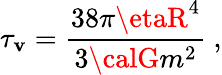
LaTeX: \tau_{\mathbf{v}}=\frac{{38\pi\etaR^{4}}}{{3{\calG}m^{2}}}\ ,